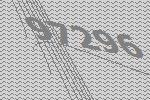
97296